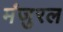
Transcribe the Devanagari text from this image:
मंजुरल